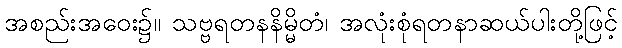
အစည်းအဝေး၌။ သဗ္ဗရတနနိမ္မိတံ၊ အလုံးစုံရတနာဆယ်ပါးတို့ဖြင့်